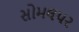
સોમલપર